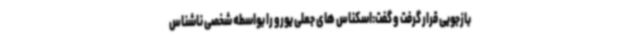
بازجویی قرار گرفت و گفت:اسکناس های جعلی یورو را بواسطه شخصی ناشناس